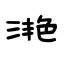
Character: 滟